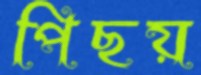
পিছয়